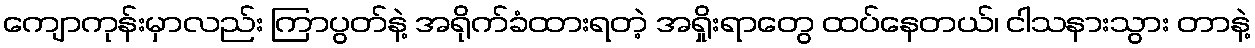
ကျောကုန်းမှာလည်း ကြာပွတ်နဲ့ အရိုက်ခံထားရတဲ့ အရှိုးရာတွေ ထပ်နေတယ်၊ ငါသနားသွား တာနဲ့